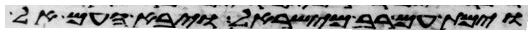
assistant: וימת עם רב מישראל ויבא העם אל